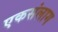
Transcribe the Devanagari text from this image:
एकसंलाग